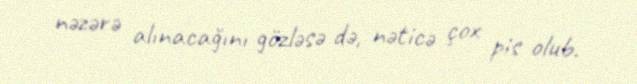
nəzərə alınacağını gözləsə də, nəticə çox pis olub.